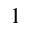
^ 1